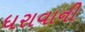
ધરાવાની